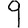
Digit: 9